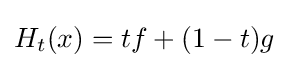
H_{t}(x)=tf+(1-t)g